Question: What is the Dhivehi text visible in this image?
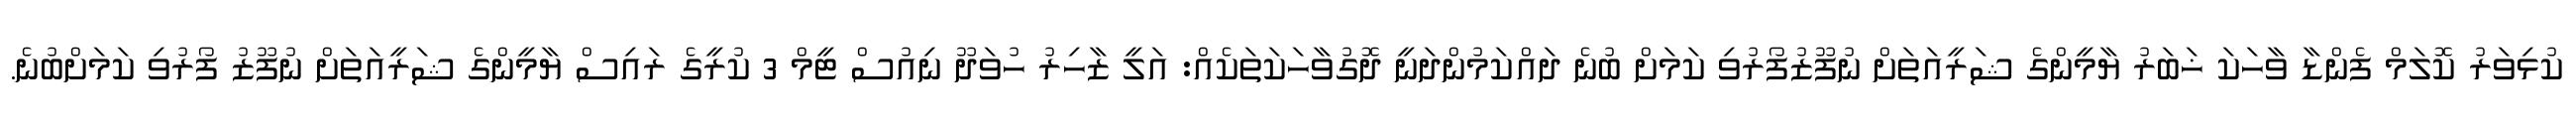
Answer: ކުޅިވަރު ކޮލަމް ފެންޑާ ވާހަކަ ޚަބަރު ޔާމީންގެ ޝަރީއަތަށް ނުފޫޒުފޯރުވި ކަމަށް ބުނެ ދައްކަމުންދަނީ ދޮގުވާހަކަތަކެއް: އަލީ ޒާހިރު ހުވަދޫ ނިއުސް ޓީމް 3 ކުރީގެ ރައިސް ޔާމީންގެ ޝަރީއަތަށް ނުފޫޒު ފޯރުވި ކަމަށްބުނެ.